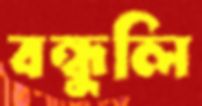
বন্ধুলি